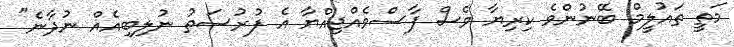
މަތީ ތައުލީމް ބޭނުންވެ ކިރިޔާ ވެސް ފާސްވެއްޖިއްޔާ އެ ފުރުސަތު ނުލިބިއެއް ނުދާނެ"